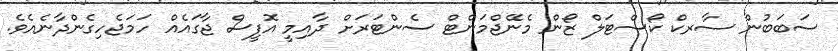
ސަބަބުން ސާރކް ކޯސްޓަލް ޒޯން މެނޭޖްމަންޓް ސެންޓަރަށް ދާއިމީ އޮފީސް ޖާގައެއް ހަމަޖެހިގެންދާނެއެވެ.